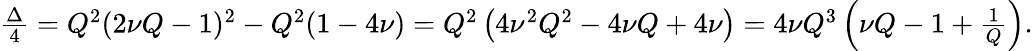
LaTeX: \begin{array}{r}{\frac{\Delta}{4}=Q^{2}(2\nu Q-1)^{2}-Q^{2}(1-4\nu)=Q^{2}\left(4\nu^{2}Q^{2}-4\nu Q+4\nu\right)=4\nu Q^{3}\left(\nu Q-1+\frac{1}{Q}\right).}\end{array}